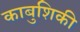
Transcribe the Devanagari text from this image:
काबुशिकी